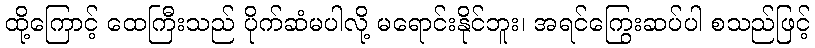
ထို့ကြောင့် ထေကြီးသည် ပိုက်ဆံမပါလို့ မရောင်းနိုင်ဘူး၊ အရင်ကြွေးဆပ်ပါ စသည်ဖြင့်